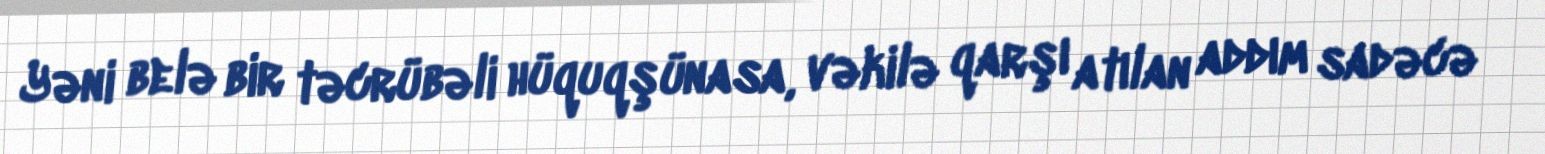
Yəni belə bir təcrübəli hüquqşünasa, vəkilə qarşı atılan addım sadəcə